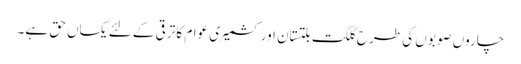
چاروں صوبوں کی طرح گلگت بلتستان اور کشمیری عوام کا ترقی کے لئے یکساں حق ہے۔